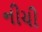
નીચી